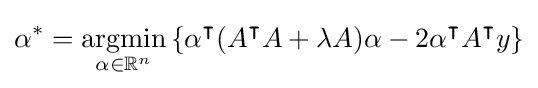
\alpha ^{*}={\underset {\alpha \in \mathbb {R} ^{n}}{\operatorname {argmin} }}\left\{\alpha ^{\intercal }(A^{\intercal }A+\lambda A)\alpha -2\alpha ^{\intercal }A^{\intercal }y\right\}